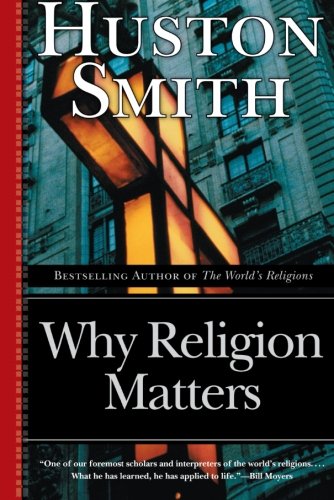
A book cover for Why Religion Matters: The Fate of the Human Spirit in an Age of Disbelief; Huston Smith; Religion & Spirituality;